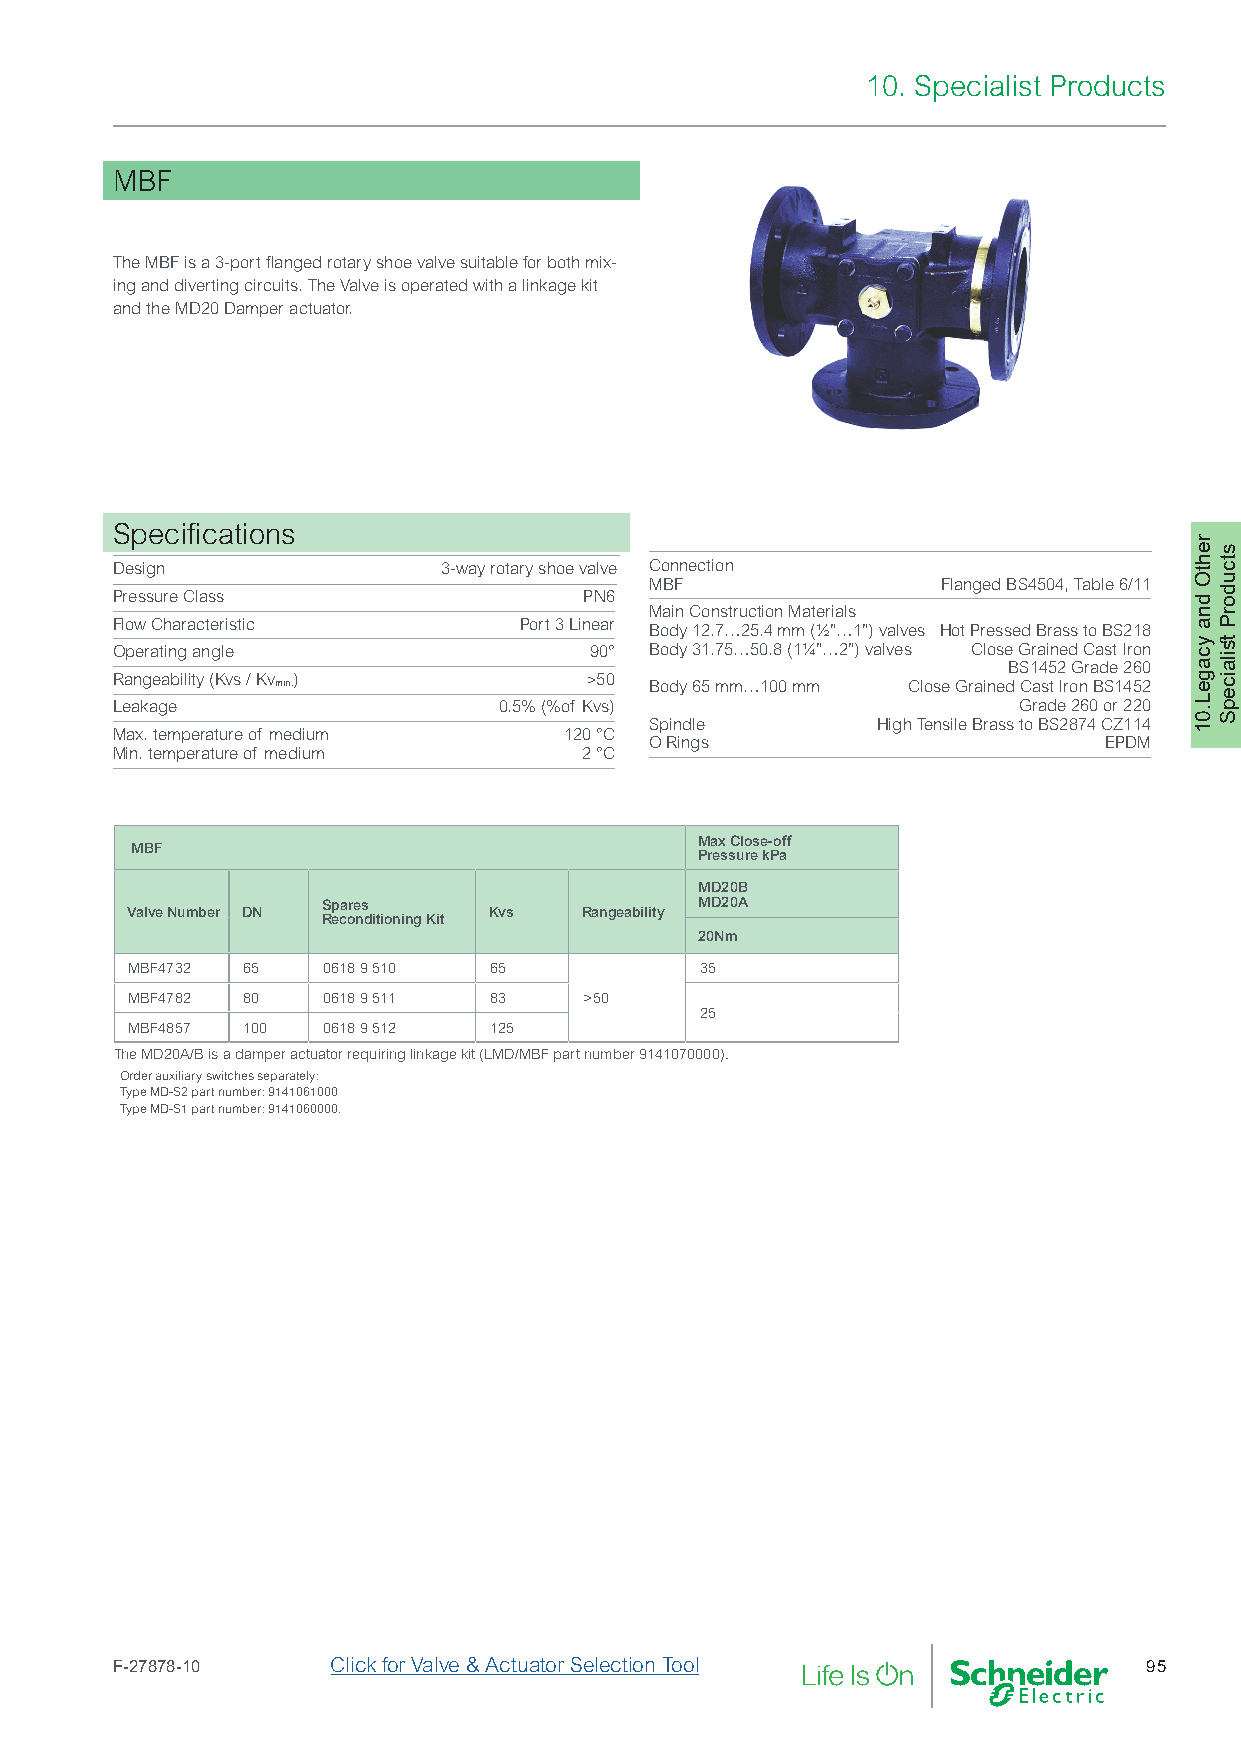
10. Specialist Products
 MBF
 The MBF is a 3-port flanged rotary shoe valve suitable for both mix-
 ing and diverting circuits. The Valve is operated with a linkage kit
 and the MD20 Damper actuator.
 Specifications
 Design                3-way rotary shoe valve Connection
 MBF                Flanged BS4504, Table 6/11
 Pressure Class                  PN6
 Main Construction Materials
 Flow Characteristic        Port 3 Linear
 Body 12.7…25.4 mm (½”…1”) valves Hot Pressed Brass to BS218
 Operating angle                 90° Body 31.75…50.8 (1¼”…2”) valves Close Grained Cast Iron
 BS1452 Grade 260
 Rangeability (Kvs / Kv min.)    >50
 Body 65 mm…100 mm Close Grained Cast Iron BS1452
 Leakage                   0.5% (%of Kvs)                    Grade 260 or 220
 Spindle        High Tensile Brass to BS2874 CZ114
 Max. temperature of medium    120 °C
 O Rings                       EPDM
 Min. temperature of medium      2 °C
 Max Close-off
 MBF
 Pressure kPa
 MD20B
 Spares                   MD20A
 Valve Number DN         Kvs   Rangeability
 Reconditioning Kit
 20Nm
 MBF4732 65   0618 9 510 65            35
 MBF4782 80   0618 9 511 83     >50
 25
 MBF4857 100  0618 9 512 125
 The MD20A/B is a damper actuator requiring linkage kit (LMD/MBF part number 9141070000).
 Order auxiliary switches separately:
 Type MD-S2 part number: 9141061000
 Type MD-S1 part number: 9141060000.
 F-27878-10     Click for Valve & Actuator Selection Tool             95
 rehtO
 dna
 ycageL.01
 stcudorP
 stilaicepS